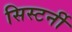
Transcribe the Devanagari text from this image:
सिस्टर्नी